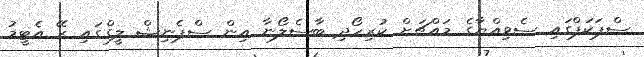
ސްޕަކަޕްގައި ސެވިއްޔާގެ މައްޗަށް ކުރިހޯދި ބާސެލޯނާ އިން ސްޕެނިޝް ލީގްގައި ރޭ އެޓީމު